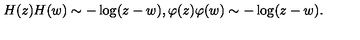
H ( z ) H ( w ) \sim - \log ( z - w ) , \varphi ( z ) \varphi ( w ) \sim - \log ( z - w ) .